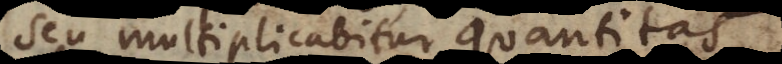
seu multiplicabitur quantitas